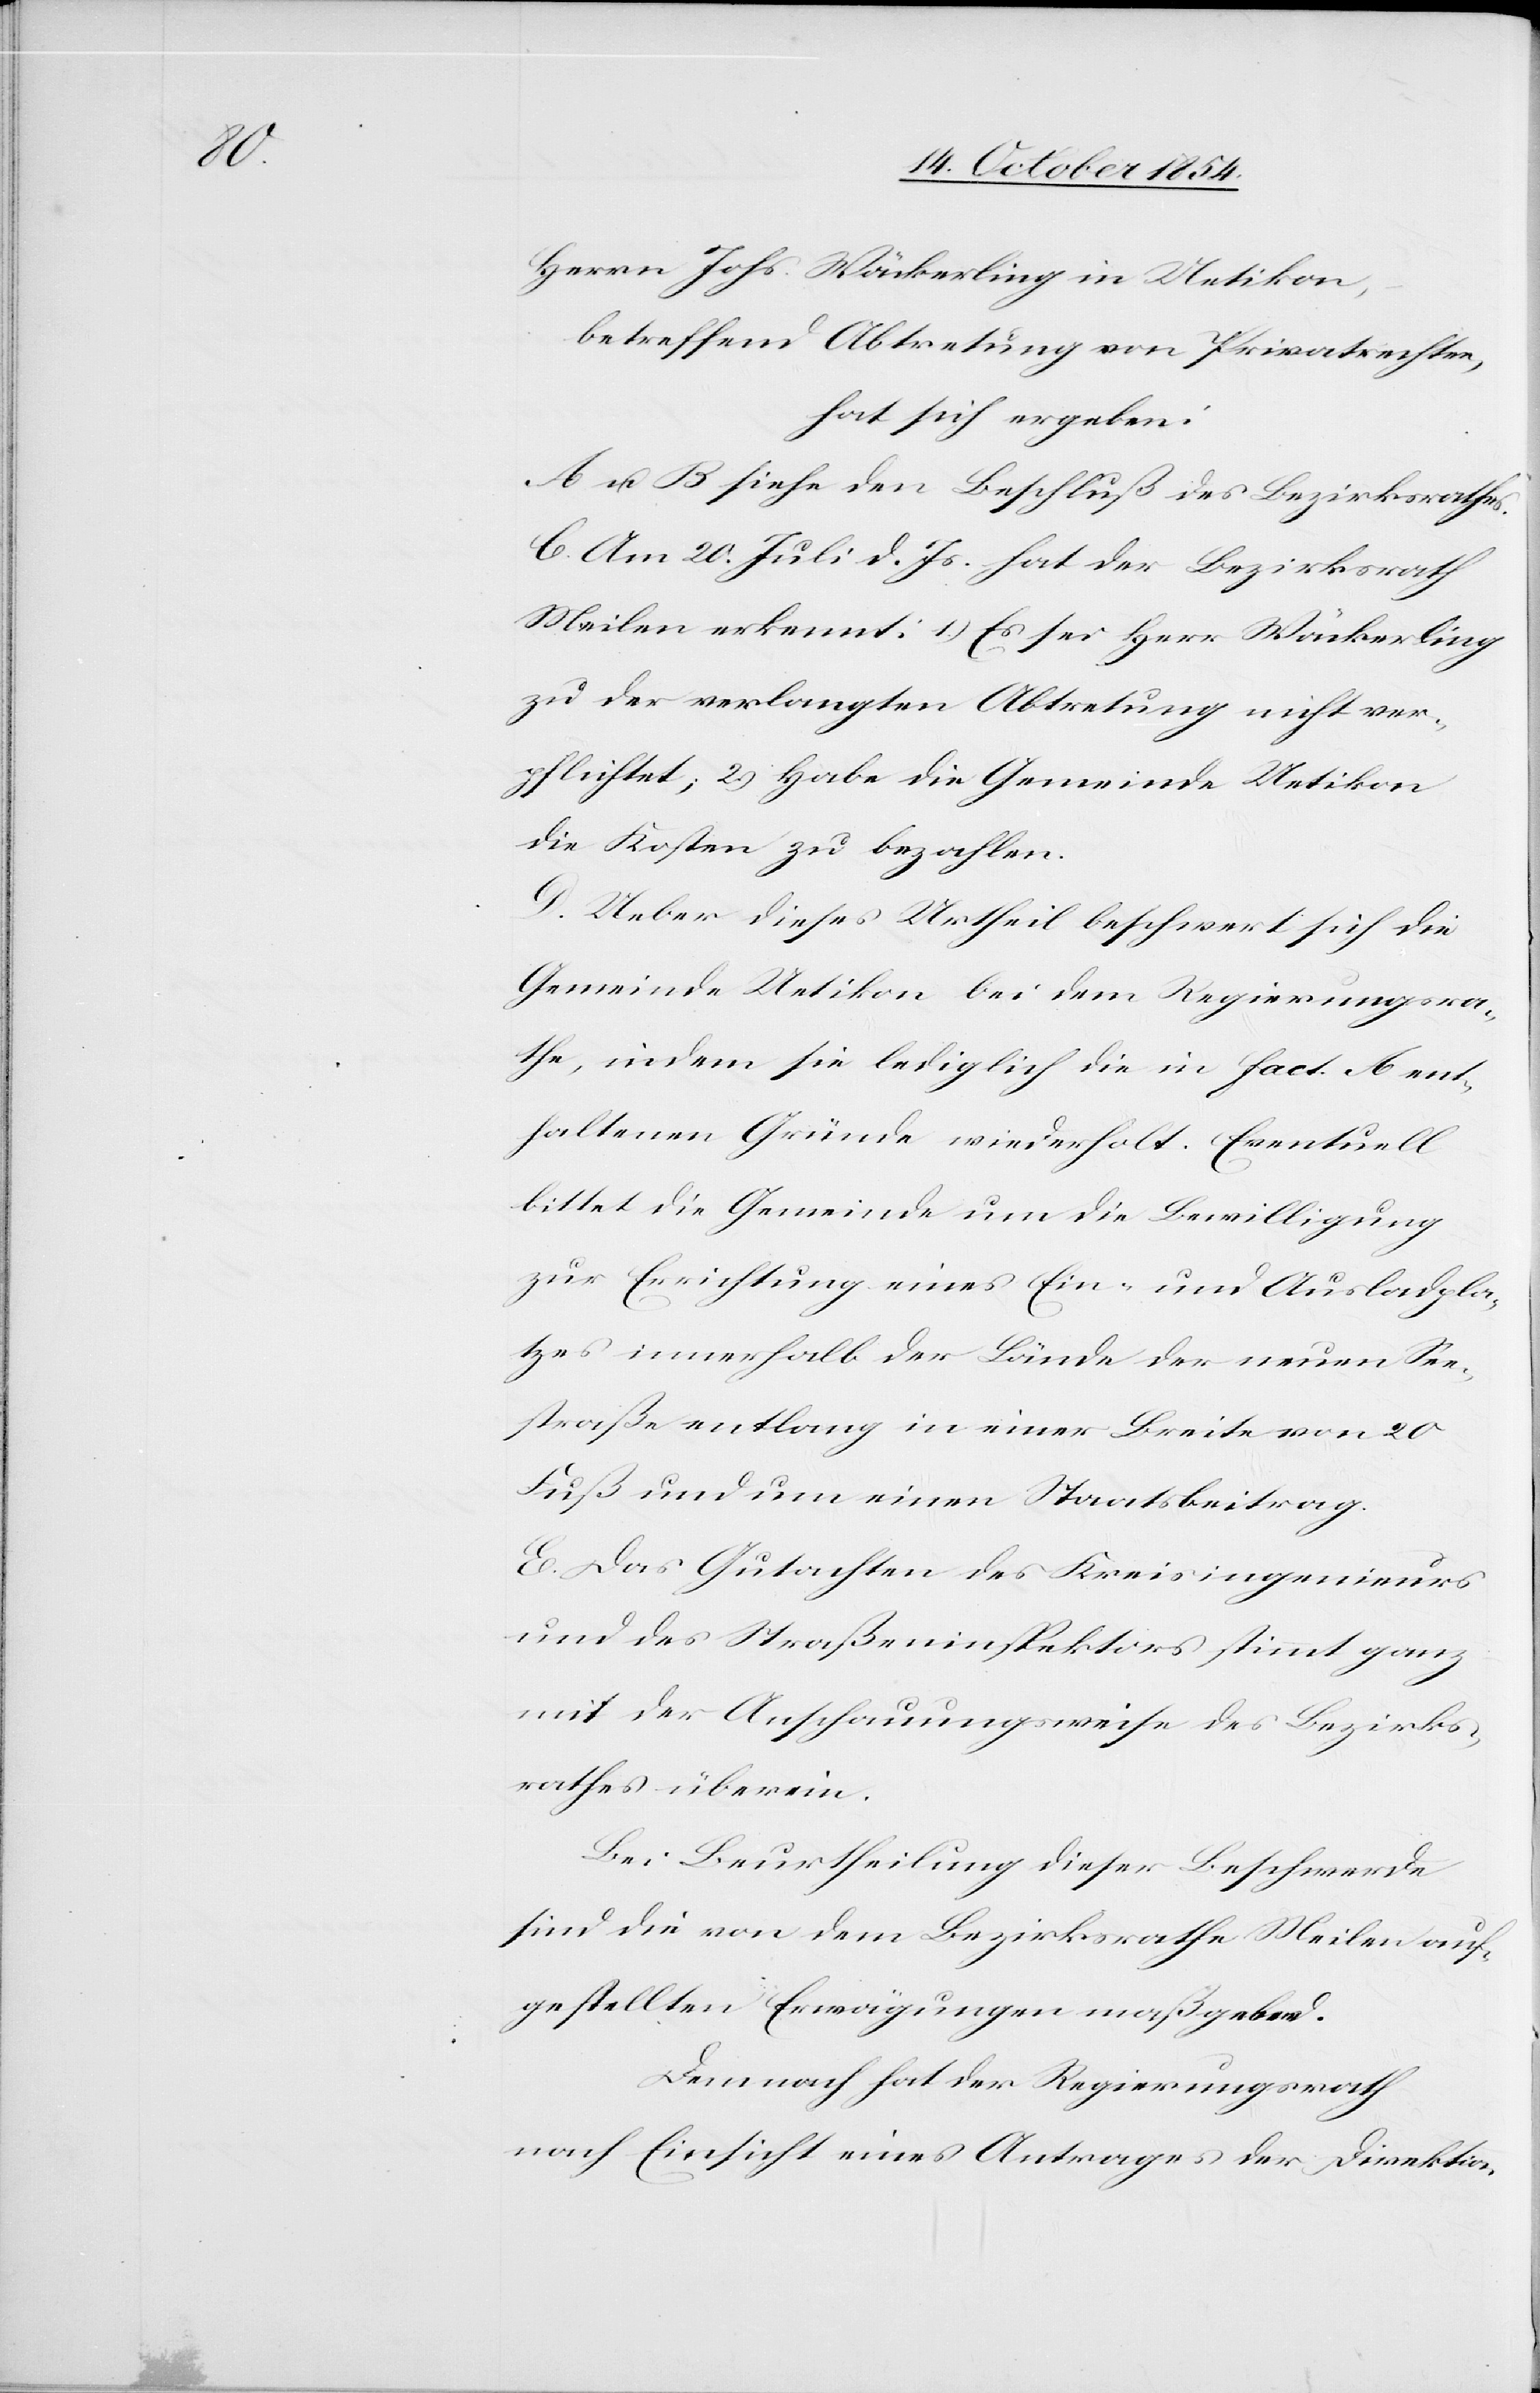
Herrn Johs. Wäckerling in Uetikon,
betreffend Abtretung von Privatrechten,
hat sich ergeben:
A u. B[.] siehe den Beschluß des Bezirksrathes.
C. Am 20. Juli d. Js. hat der Bezirksrath
Meilen erkennt: 1.) Es sei Herr Wäckerling
zu der verlangten Abtretung nicht ver¬
pflichtet; 2.) Habe die Gemeinde Uetikon
die Kosten zu bezahlen.
D. Ueber dieses Urtheil beschwert sich die
Gemeinde Uetikon bei dem Regierungsra¬
the, indem sie lediglich die in fact. A ent¬
haltenen Gründe wiederholt. Eventuell
bittet die Gemeinde um die Bewilligung
zur Errichtung eines Ein- und Ausladepla¬
tzes innerhalb der Lände der neuen See¬
straße entlang in einer Breite von 20
Fuß und um einen Staatsbeitrag.
E. Das Gutachten des Kreisingenieurs
und des Straßeninspektors stimmt ganz
mit der Anschauungsweise des Bezirks¬
rathes überein.
Bei Beurtheilung dieser Beschwerde
sind die von dem Bezirksrathe Meilen auf¬
gestellten Erwägungen maßgebend.
Demnach hat der Regierungsrath
nach Einsicht eines Antrages der Direktion